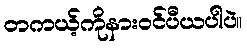
တကယ့်ကိုနားဝင်ပီယပါပဲ။